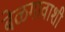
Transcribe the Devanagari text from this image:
बेळगावाशी